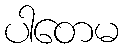
ပါတေမ